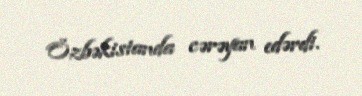
Özbəkistanda cərəyan edərdi.